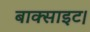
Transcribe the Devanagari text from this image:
बाक्साइट।